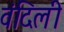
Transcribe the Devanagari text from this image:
वंदिली